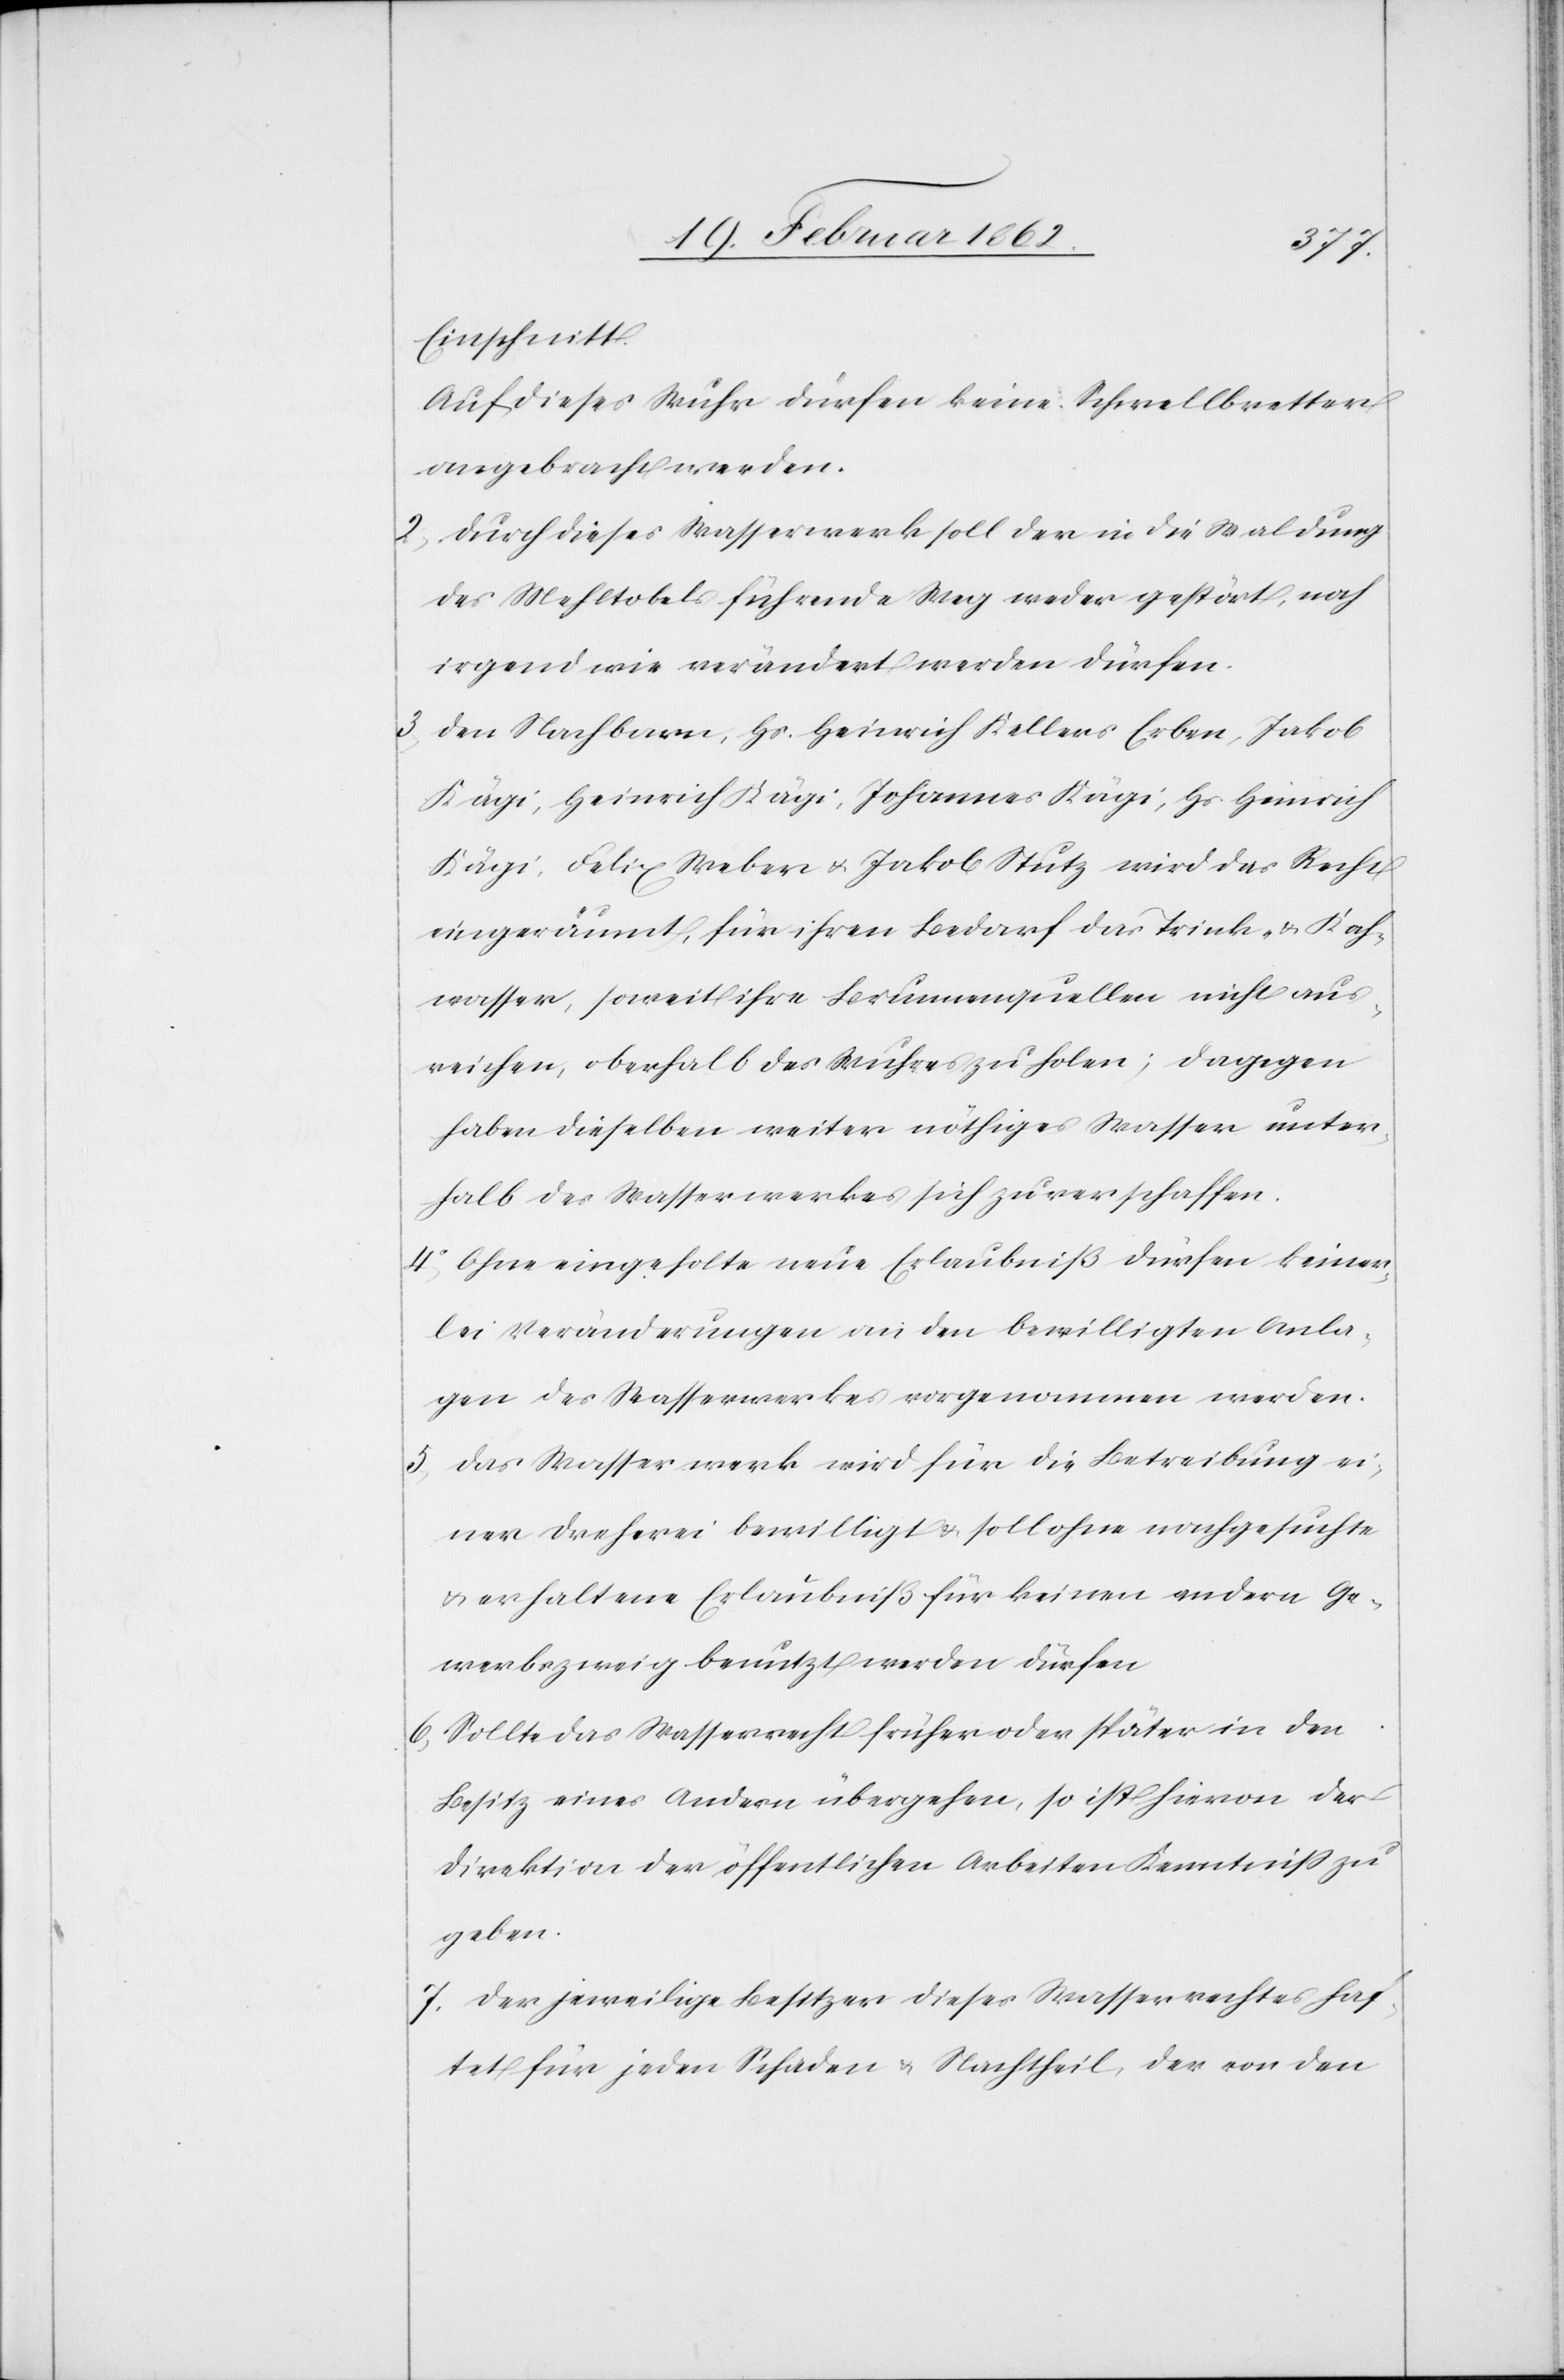
Einschnitt.
Auf dieses Wuhr dürfen keine Schwellbretter
angebracht werden.
2) Durch dieses Wasserwerk soll der in die Waldung
des Mehltobels führende Weg weder gestört, noch
irgend wie verändert werden dürfen.
3) Den Nachbarn, Hs. Heinrich Kellers Erben, Jakob
Kägi, Heinrich Kägi, Johannes Kägi, Hs. Heinrich
Kägi, Felix Weber u. Jakob Stutz wird das Recht
eingeräumt, für ihren Bedarf das Trink- & Koch¬
wasser, soweit ihre Brunnenquellen nicht aus¬
reichen, oberhalb des Wuhres zu holen; dagegen
haben dieselben weiter nöthiges Wasser unter¬
halb des Wasserwerkes sich zu verschaffen.
4) Ohne eingeholte neue Erlaubniß dürfen keiner¬
lei Veränderungen an den bewilligten Anla¬
gen des Wasserwerkes vorgenommen werden.
5) Das Wasserwerk wird für die Betreibung ei¬
ner Dreherei bewilligt & soll ohne nachgesuchte
u. erhaltene Erlaubniß für keinen andern Ge¬
werbszweig benutzt werden dürfen
6) Sollte das Wasserrecht früher oder später in den
Besitz eines Andern übergehen, so ist hievon der
Direktion der öffentlichen Arbeiten Kenntniß zu
geben.
7) Der jeweilige Besitzer dieses Wasserrechtes haf¬
tet für jeden Schaden u. Nachtheil, der von den